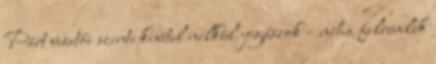
Párt vezetői szinte kivétel nélkül jogászok – néha felrémlik